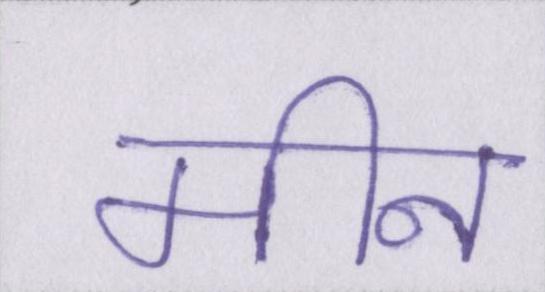
मीन